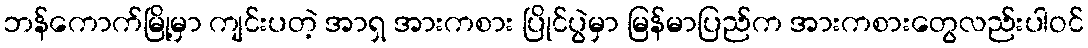
ဘန်ကောက်မြို့မှာ ကျင်းပတဲ့ အာရှ အားကစား ပြိုင်ပွဲမှာ မြန်မာပြည်က အားကစားတွေလည်းပါဝင်